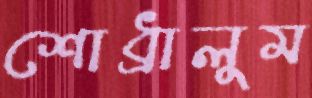
শোধ্‌রালুম